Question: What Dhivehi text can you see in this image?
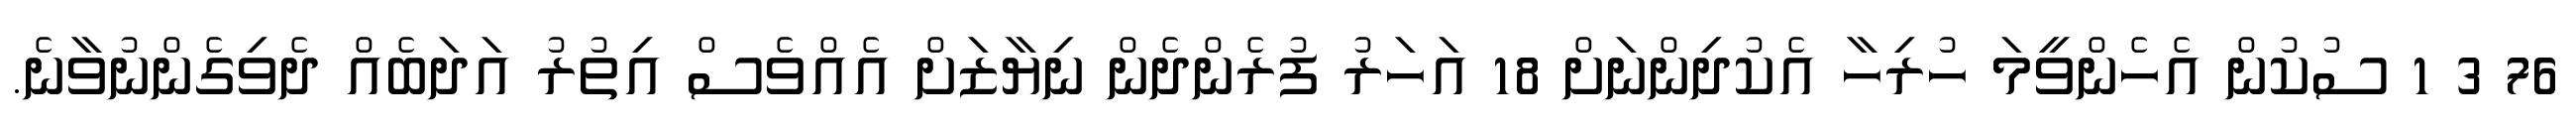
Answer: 76 3 1 ސުކުން އެހެންވީމަ ހުރިހާ އެކުދިންނަށް 18 އަހަރު ފުރެންދެން ނިޔާޒަށް އެއްވެސް އިތުރު އަދަބެއް ދެވިގެންނުވާނެ.